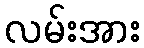
လမ်းအား